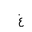
Letter: _gayn